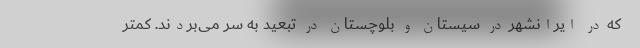
که در ایرانشهر در سیستان و بلوچستان در تبعید به سر می‌بردند. کمتر